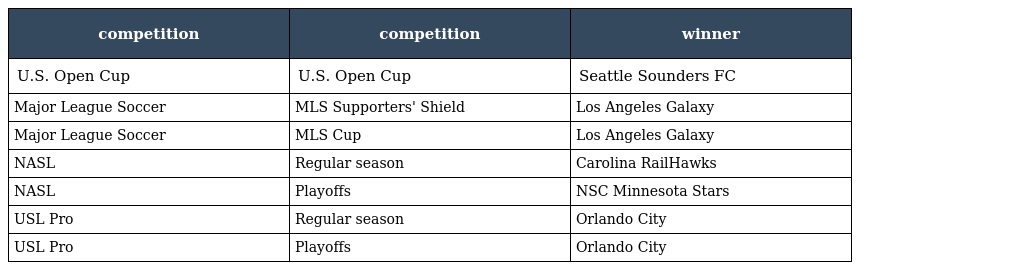
| competition | competition | winner |
 | --- | --- | --- |
 | U.S. Open Cup | U.S. Open Cup | Seattle Sounders FC |
 | Major League Soccer | MLS Supporters' Shield | Los Angeles Galaxy |
 | Major League Soccer | MLS Cup | Los Angeles Galaxy |
 | NASL | Regular season | Carolina RailHawks |
 | NASL | Playoffs | NSC Minnesota Stars |
 | USL Pro | Regular season | Orlando City |
 | USL Pro | Playoffs | Orlando City |